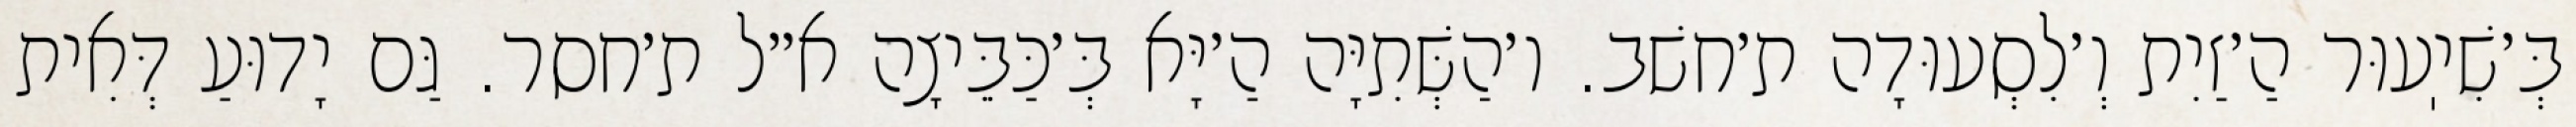
בְּ׳שִׁיֽעוּר הַ׳זַיִת וְ׳לִסְעוּדָה ת׳חשׁב. ו׳הַשְּׁתִיָּה הַ׳יָּא בְּ׳כַּבֵּיצָה א״ל ת׳חסר. גַּם יָדוּעַ דְּאִית